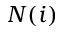
N ( i )